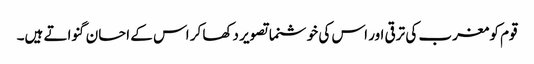
قوم کو مغرب کی ترقی اور اس کی خوشنما تصویر دکھا کر اس کے احسان گنواتے ہیں۔